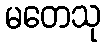
မတေသု